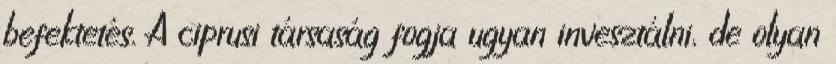
befektetés. A ciprusi társaság fogja ugyan invesztálni, de olyan